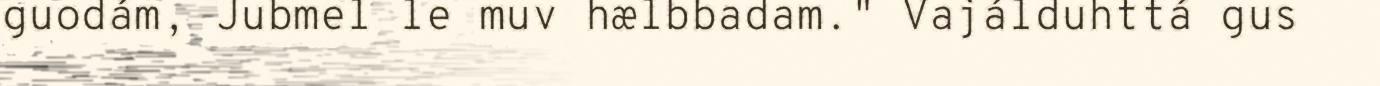
guodám, Jubmel le muv hælbbadam." Vajálduhttá gus